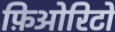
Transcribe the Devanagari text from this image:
फ़िओरिटो